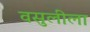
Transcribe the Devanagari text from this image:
वसुलीला